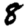
Digit: 8